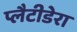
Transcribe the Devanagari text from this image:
प्लैटीडेरा